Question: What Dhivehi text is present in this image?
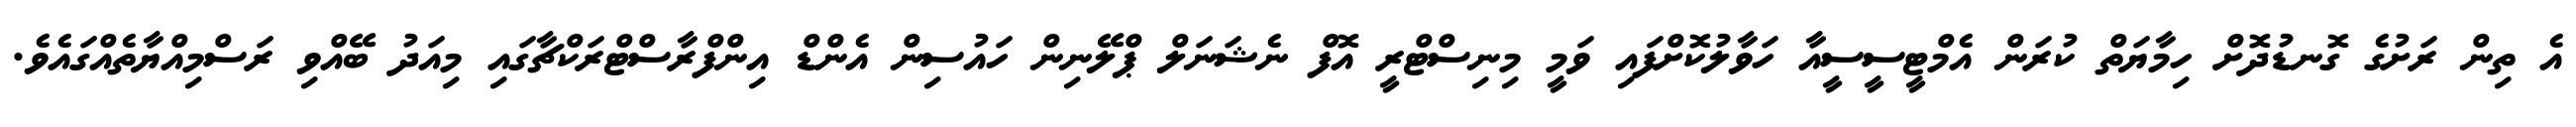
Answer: އެ ތިން ރަށުގެ ގޮނޑުދޮށް ހިމާޔަތް ކުރަން އެމްޓީސީސީއާ ހަވާލުކޮށްފައި ވަމީ މިނިސްޓްރީ އޮފް ނެޝަނަލް ޕްލޭނިން ހައުސިން އެންޑް އިންފްރާސްޓްރަކްޗާގައި މިއަދު ބޭއްވި ރަސްމިއްޔާތެއްގައެވެ.